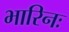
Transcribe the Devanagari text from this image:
भारिनः